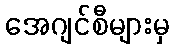
အေဂျင်စီများမှ